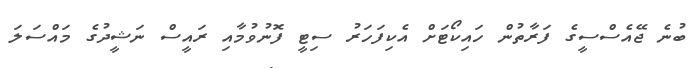
ބުނެ ޖޭއެސްސީގެ ފަރާތުން ހައިކޯޓަށް އެކިފަހަރު ސިޓީ ފޮނުވުމާއި ރައީސް ނަޝީދުގެ މައްސަލަ